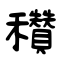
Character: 穳